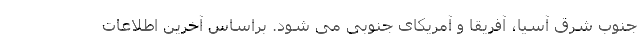
جنوب شرق آسیا، آفریقا و آمریکای جنوبی می شود. براساس آخرین اطلاعات